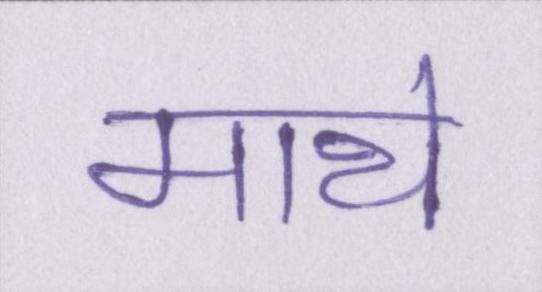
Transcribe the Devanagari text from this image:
माथे